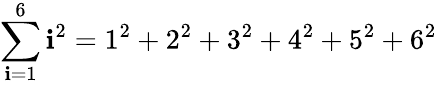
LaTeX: \sum\limits_{\mathbf{i}=1}^{6}\mathbf{i}^{2}=1^{2}+2^{2}+3^{2}+4^{2}+5^{2}+6^{2}